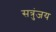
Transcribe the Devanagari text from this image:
सत्रुंजय